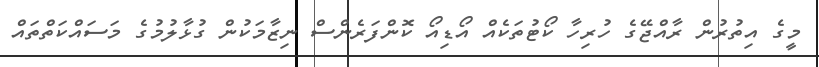
މީގެ އިތުރުން ރާއްޖޭގެ ހުރިހާ ކޯޓުތަކެއް އޯޑިއޯ ކޮންފަރެންސް ނިޒާމަކުން ގުޅާލުމުގެ މަސައްކަތްތައް